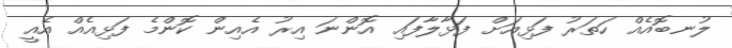
ލުނބޮއެއް ހަތަރު ފަޅިއަށް ފަޅާލާފައި އޮންނަ އިރު އެއިން ކޮންމެ ފަޅިއެއް އެއީ